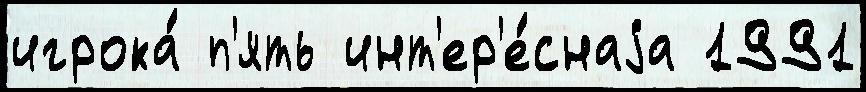
игрока́ п'ять инт'ер'е́снаjа 1991